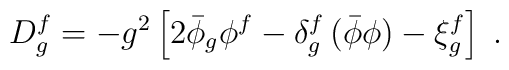
D^f_g=-g^2\left[2\bar \phi_g \phi^f- \delta^f_g\, (\bar\phi\phi)-\xi^f_g\right]\;.